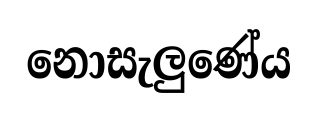
නොසැලුණේය